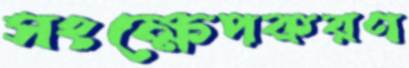
সংক্ষেপকরণ